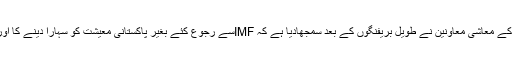
وزیر اعظم صاحب کو ان کے معاشی معاونین نے طویل بریفنگوں کے بعد سمجھادیا ہے کہ IMFسے رجوع کئے بغیر پاکستانی معیشت کو سہارا دینے کا اور کوئی راستہ موجود نہیں۔